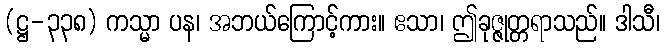
(ဋ္ဌ-၃၃၈) ကသ္မာ ပန၊ အဘယ်ကြောင့်ကား။ ဧသာ၊ ဤခုဇ္ဇုတ္တရာသည်။ ဒါသီ၊